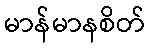
မာန်မာနစိတ်